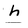
Character: h